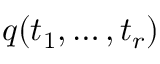
q ( t _ { 1 } , \dots , t _ { r } )